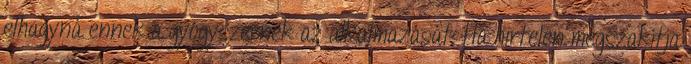
elhagyná ennek a gyógyszernek az alkalmazását. Ha hirtelen megszakítja